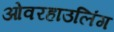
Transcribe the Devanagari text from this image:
ओवरहाउलिंग